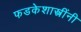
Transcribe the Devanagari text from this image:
फडकेशास्त्रींनी